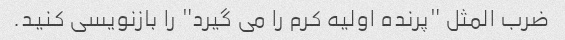
ضرب المثل "پرنده اولیه کرم را می گیرد" را بازنویسی کنید.